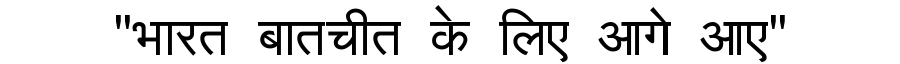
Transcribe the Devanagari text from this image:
"भारत बातचीत के लिए आगे आए"